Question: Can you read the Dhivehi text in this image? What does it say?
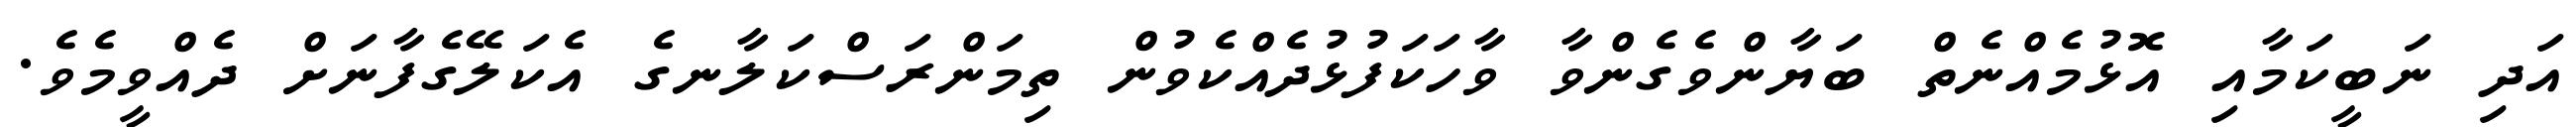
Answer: އަދި ނަބީކަމާއި އޮޅުމެއްނެތް ބަޔާންވެގެންވާ ވާހަކަފުޅުދެއްކެވުން ތިމަންރަސްކަލާނގެ އެކަލޭގެފާނަށް ދެއްވީމެވެ.